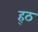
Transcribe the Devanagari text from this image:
ह्ठ